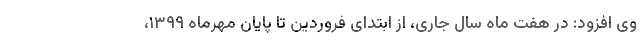
وی افزود: در هفت ماه سال جاری، از ابتدای فروردین تا پایان مهرماه ۱۳۹۹،